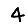
Digit: 4